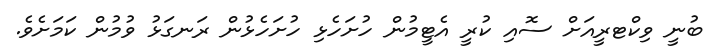
ބުނީ ވިކްޓރީއަށް ސޮއި ކުރީ އެޓީމުން ހުށަހެޅި ހުށަހެޅުން ރަނގަޅު ވުމުން ކަމަށެވެ.